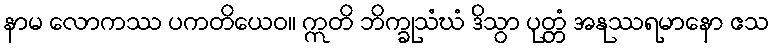
နာမ လောကဿ ပကတိယေဝ။ ဣတိ ဘိက္ခုသံဃံ ဒိသွာ ပုတ္တံ အနုဿရမာနော ဧသ